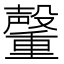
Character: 𮡞